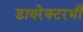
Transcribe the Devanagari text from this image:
डायरेक्टरभी